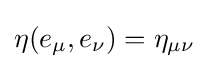
\eta (e_{\mu },e_{\nu })=\eta _{\mu \nu }